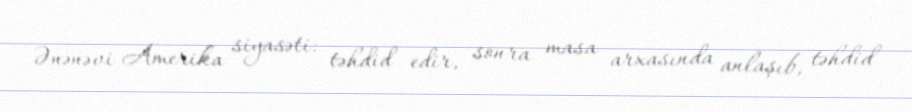
Ənənəvi Amerika siyasəti: təhdid edir, sonra masa arxasında anlaşıb, təhdid